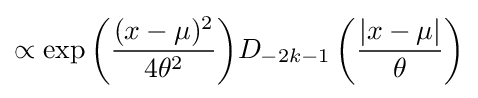
\propto \exp {\left({\frac {(x-\mu )^{2}}{4\theta ^{2}}}\right)}D_{-2k-1}\left({\frac {|x-\mu |}{\theta }}\right)